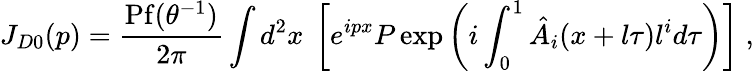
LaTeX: J_{D0}(p)=\frac{\mathrm{Pf}(\theta^{-1})}{2\pi}\int d^{2}x~\left[e^{ipx}P\exp\left(i\int_{0}^{1}\hat{A}_{i}(x+l\tau)l^{i}d\tau\right)\right]\; ,